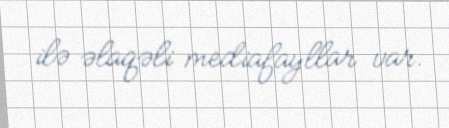
ilə əlaqəli mediafayllar var.